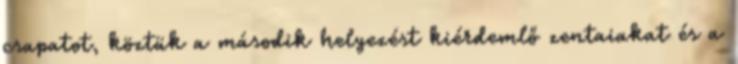
csapatot, köztük a második helyezést kiérdemlő zentaiakat és a